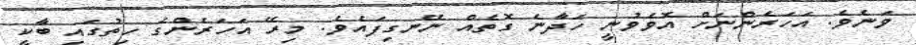
ވަނެވެ. އަހަރެންނަށް އޮވެވުނީ ހަދާނެ ގޮތެއް ނޭނގިފައެވެ. މިރޭ އަހަރެންގެ ހިތުގައި ބާކީ